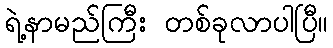
ရဲ့နာမည်ကြီး တစ်ခုလာပါပြီ။